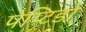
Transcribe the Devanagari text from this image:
पेप्टिडो